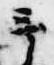
予